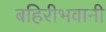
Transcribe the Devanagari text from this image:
बहिरीभवानी